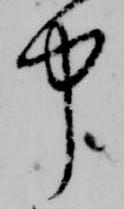
中